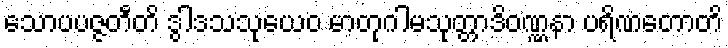
သောပပဇ္ဇတီတိ ဒွါဒသသုယေဝ မာတုဂါမသုတ္တာဒိဝဏ္ဏနာ ပရိဏတောတိ